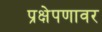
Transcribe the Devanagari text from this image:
प्रक्षेपणावर